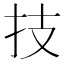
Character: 技